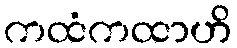
ကထံကထာဟိ